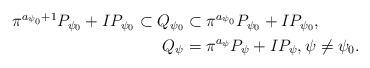
LaTeX: \begin{align*}\begin{aligned}\pi^{a_{\psi_0}+1}P_{\psi_0} + IP_{\psi_0} \subset Q_{\psi_0} &\subset\pi^{a_{\psi_0}}P_{\psi_0} + IP_{\psi_0},\\Q_{\psi} &= \pi^{a_{\psi}}P_{\psi} + IP_{\psi}, \psi \neq \psi_0. \end{aligned}\end{align*}